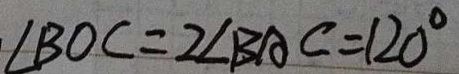
\angle B O C = 2 \angle B A C = 1 2 0 ^ { \circ }